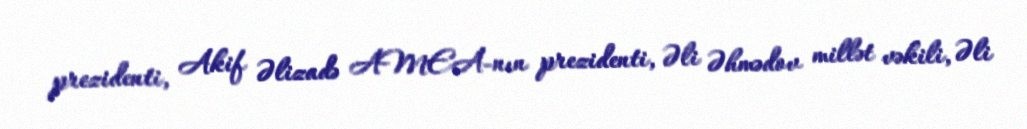
prezidenti, Akif Əlizadə AMEA-nın prezidenti, Əli Əhmədov millət vəkili, Əli